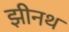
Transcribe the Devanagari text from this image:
झीनथ